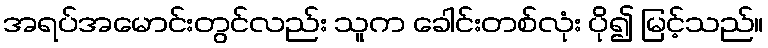
အရပ်အမောင်းတွင်လည်း သူက ခေါင်းတစ်လုံး ပို၍ မြင့်သည်။